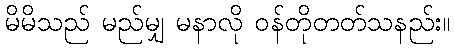
မိမိသည် မည်မျှ မနာလို ဝန်တိုတတ်သနည်း။